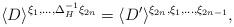
LaTeX: \begin{align*}\langle D\rangle^{\xi_1,\ldots,\Delta_H^{-1}\xi_{2n}}=\langle D'\rangle^{\xi_{2n},\xi_1,\ldots,\xi_{2n-1}},\end{align*}